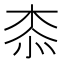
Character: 𣑰